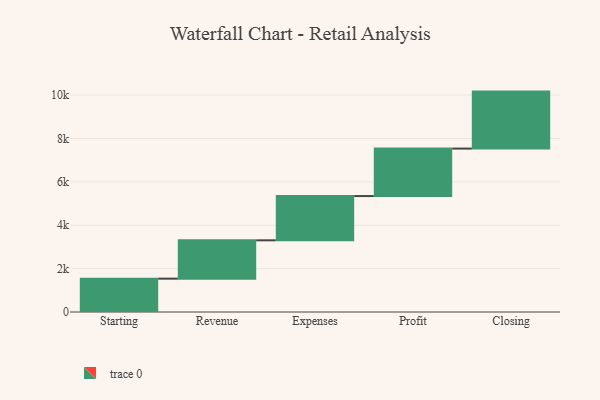
{"axis": {"x": "Step", "y": "Value"}, "legend": [""], "data": [{"x": "Starting", "y": 1537.0, "type": ""}, {"x": "Revenue", "y": 1767.0, "type": ""}, {"x": "Expenses", "y": 2040.0, "type": ""}, {"x": "Profit", "y": 2188.0, "type": ""}, {"x": "Closing", "y": 2627.0, "type": ""}]}